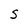
Character: 5